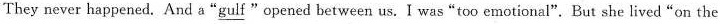
They never happencd. And a"\underline{gulf} "opened between us. I was"too emotional".But she lived "on the